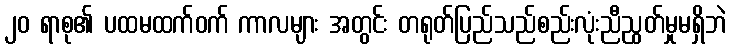
၂၀ ရာစု၏ ပထမထက်ဝက် ကာလများ အတွင်း တရုတ်ပြည်သည်စည်းလုံးညီညွတ်မှုမရှိဘဲ